Jaan_Tonisson_(Lasteleht), lk 2
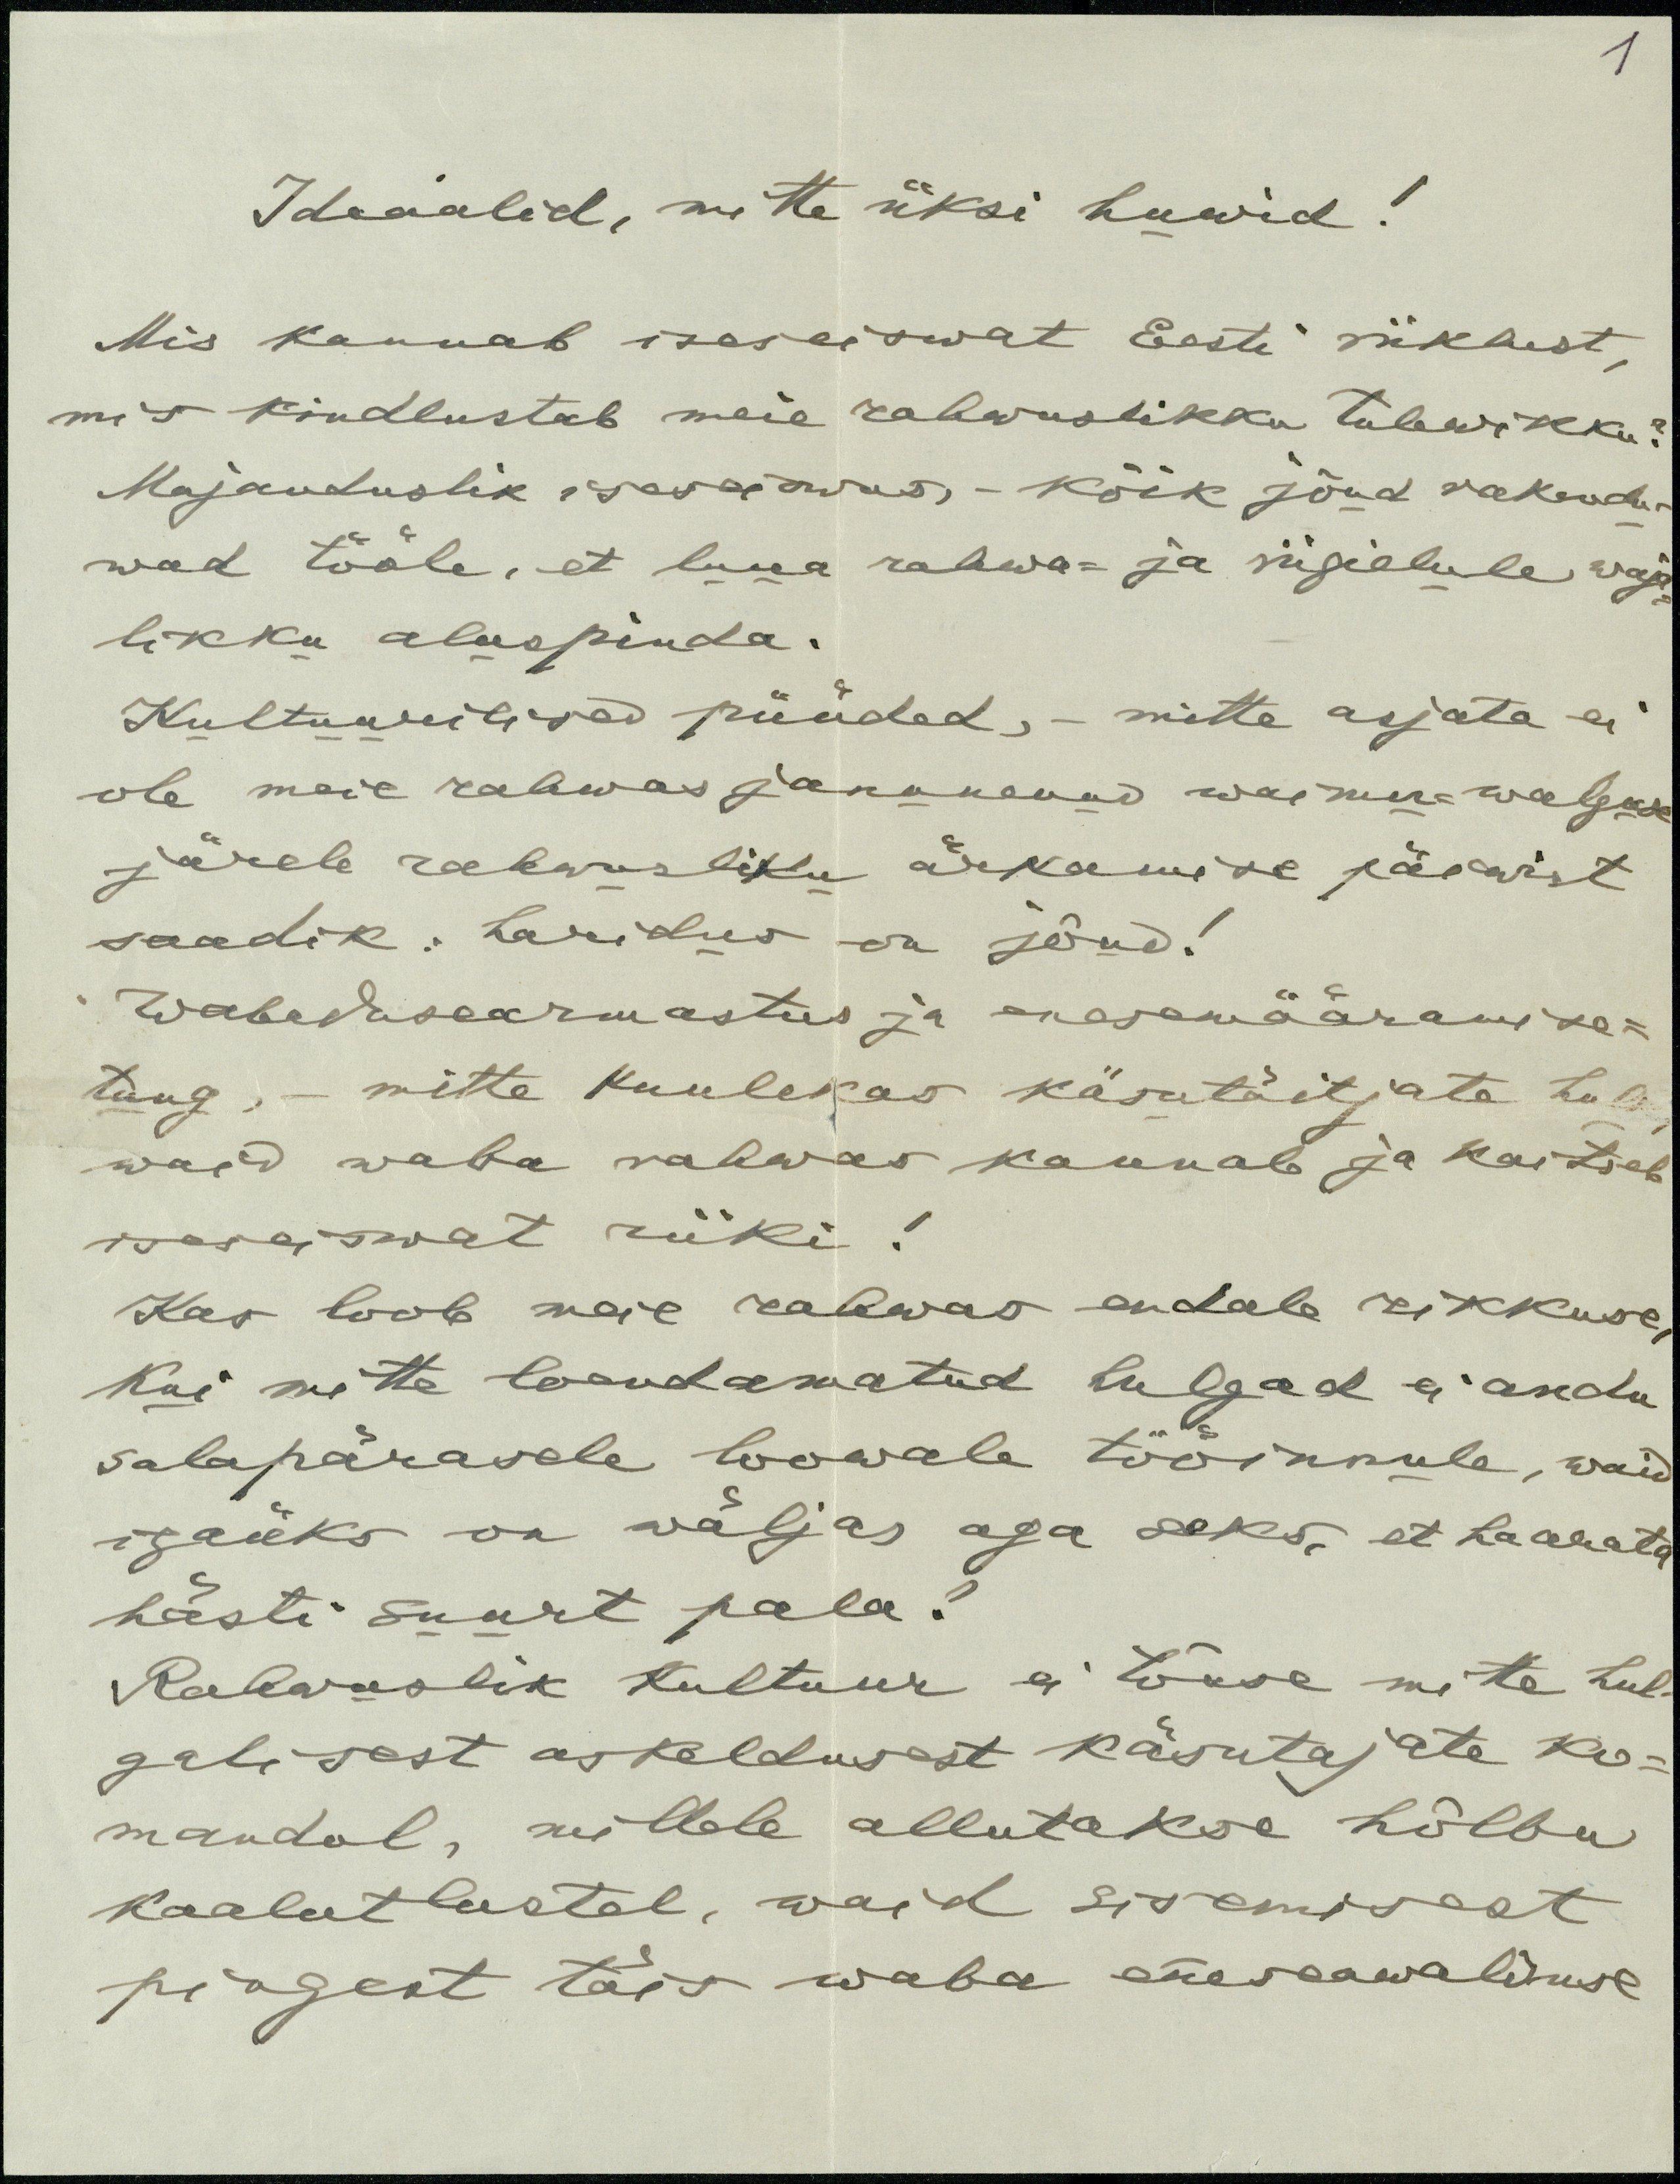
1

Ideaalid, mitte üksi huvid!
Mis kannab iseseiswat Eesti riiklust,
mis kindlustab meie rahwuslikku tulewikku?
Majanduslik iseseisavas,- kõik jõud rakedu-
wad tööle, et luua rahwa- ja riigielule waja-
likku alaspinda.
Kultuurilised püüded, - mitte asjata ei
ole meie rahwas janunenud waimu-walguse
järele rahvusliku ärkamise päewist
saadik. Haridus on jõud!
Wabadusearmastus ja enesamääramise-
tung, mitte kuulekas käsutäitjate hulk
waid waba rahwas kannab ja kaitseb
iseseiswat riiki!
Kas loob meie rahvas endale rikkuse,
Kui mitte loendamatud hulgad ei andu
salapärasele loowale tööinnule, waid
igaüks on wäljas aga seks, et haarata
hästi suurt pala?
Rahvuslik kultuur ei tõuse mitte hul-
galisest askeldusest käsutajate ko-
mandol, millele allutakse hõlbu
kaalutlustel, waid sisemisest
pingest täis waba eneseawalduse